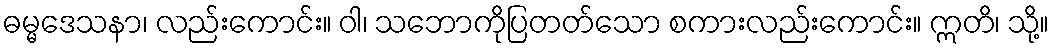
ဓမ္မဒေသနာ၊ လည်းကောင်း။ ဝါ၊ သဘောကိုပြတတ်သော စကားလည်းကောင်း။ ဣတိ၊ သို့။